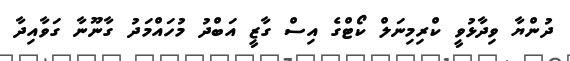
ދުންޔާ ވިދާޅުވީ ކްރިމިނަލް ކޯޓްގެ އިސް ގާޒީ އަބްދު މުހައްމަދު ގާނޫނާ ގަވާއިދާ